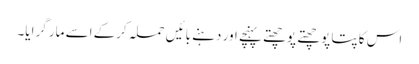
اس کا پتا پوچھتے پوچھتے پہنچے اور دہنے بائیں حملہ کرکے اسے مار گرایا۔